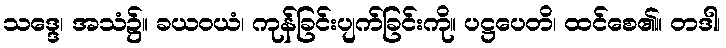
သဒ္ဒေ၊ အသံ၌။ ခယဝယံ၊ ကုန်ခြင်းပျက်ခြင်းကို။ ပဋ္ဌပေတိ၊ ထင်စေ၏။ တဒါ၊